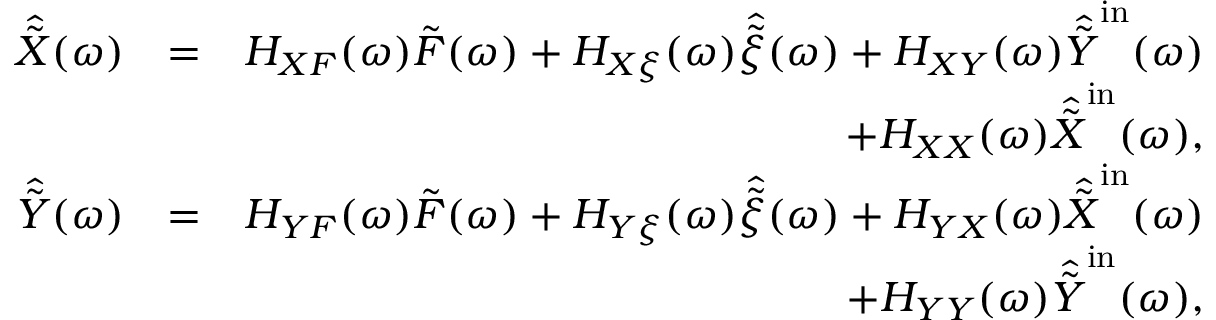
\begin{array} { r l r } { \hat { \tilde { X } } ( \omega ) } & { = } & { H _ { X F } ( \omega ) \tilde { F } ( \omega ) + H _ { X \xi } ( \omega ) \hat { \tilde { \xi } } ( \omega ) + H _ { X Y } ( \omega ) \hat { \tilde { Y } } ^ { \mathrm { i n } } ( \omega ) } \\ & { } & { + H _ { X X } ( \omega ) \hat { \tilde { X } } ^ { \mathrm { i n } } ( \omega ) , } \\ { \hat { \tilde { Y } } ( \omega ) } & { = } & { H _ { Y F } ( \omega ) \tilde { F } ( \omega ) + H _ { Y \xi } ( \omega ) \hat { \tilde { \xi } } ( \omega ) + H _ { Y X } ( \omega ) \hat { \tilde { X } } ^ { \mathrm { i n } } ( \omega ) } \\ & { } & { + H _ { Y Y } ( \omega ) \hat { \tilde { Y } } ^ { \mathrm { i n } } ( \omega ) , } \end{array}